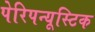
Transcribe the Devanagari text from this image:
पेरिपन्यूस्टिक